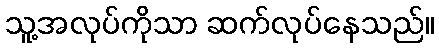
သူ့အလုပ်ကိုသာ ဆက်လုပ်နေသည်။